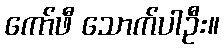
ကော်ဖီ သောက်ပါဦး။